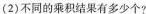
(2)不同的乘积结果有多少个?